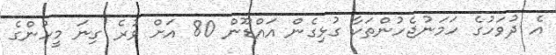
އެ ދުވަހުގެ ހަމަނުޖެހުންތަކާ ގުޅިގެން އައްޑޫން 80 އަށް ވުރެ ގިނަ މީހުންގެ